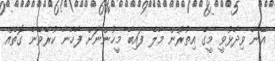
އޭނާ ވިދާޅުވީ މީގެ އިތުރުން މާލެ ފައިބާ މީހުންނަށް ފާހާނާ ކުރެވޭނެ ގޮތެއް